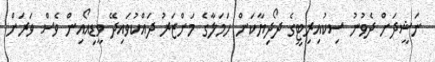
ނަޝީދަށް ދެވުނު ސިކުއިރިޓީގެ ދޯދިޔާކަން ހަމަލާގެ މަންޒަރު ދައްކުވައިދޭ ވީޑިއޯއިން ވެސް ވަރަށް